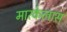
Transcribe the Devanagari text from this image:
मारकेलास